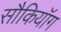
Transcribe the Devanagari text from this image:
सौकियॉग